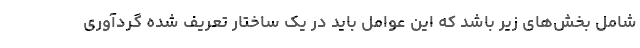
شامل بخش‌های زیر باشد که این عوامل باید در یک ساختار تعریف شده گردآوری